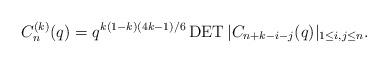
LaTeX: \begin{gather*}C_n^{(k)}(q)= q^{k(1-k)(4k-1)/6} \operatorname{DET} | C_{n+k-i-j}(q) |_{1 \le i,j \le n} .\end{gather*}